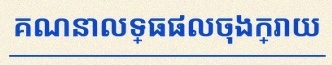
គណនាលទ្ធផលចុងក្រោយ